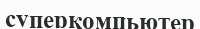
суперкомпьютер